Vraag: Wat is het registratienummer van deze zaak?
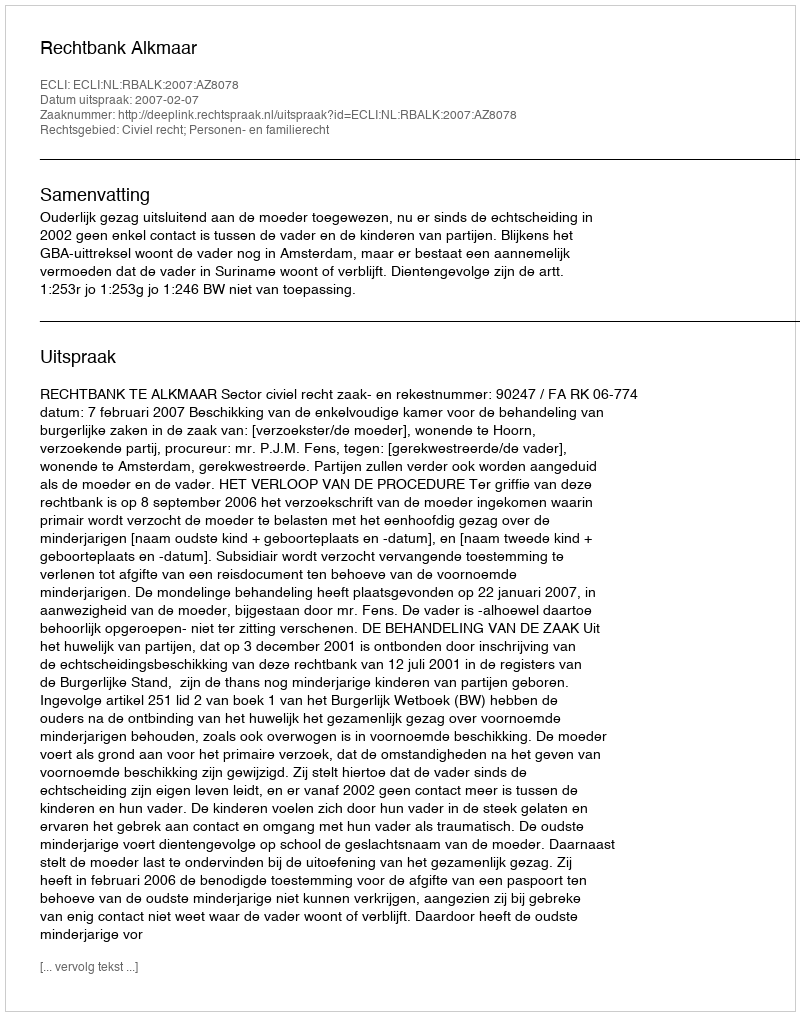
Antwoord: http://deeplink.rechtspraak.nl/uitspraak?id=ECLI:NL:RBALK:2007:AZ8078